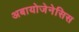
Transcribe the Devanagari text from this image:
अबायोजेनेसिस